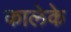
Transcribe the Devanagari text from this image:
कालेके